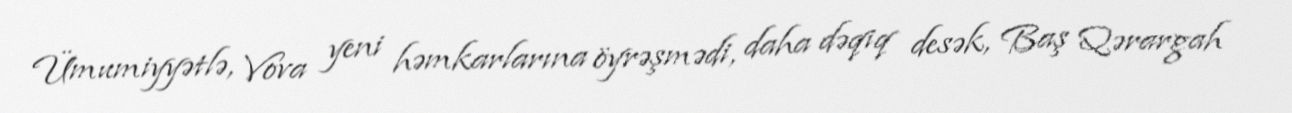
Ümumiyyətlə, Vova yeni həmkarlarına öyrəşmədi, daha dəqiq desək, Baş Qərargah